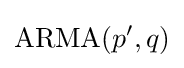
{\text{ARMA}}(p',q)